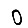
Digit: 0